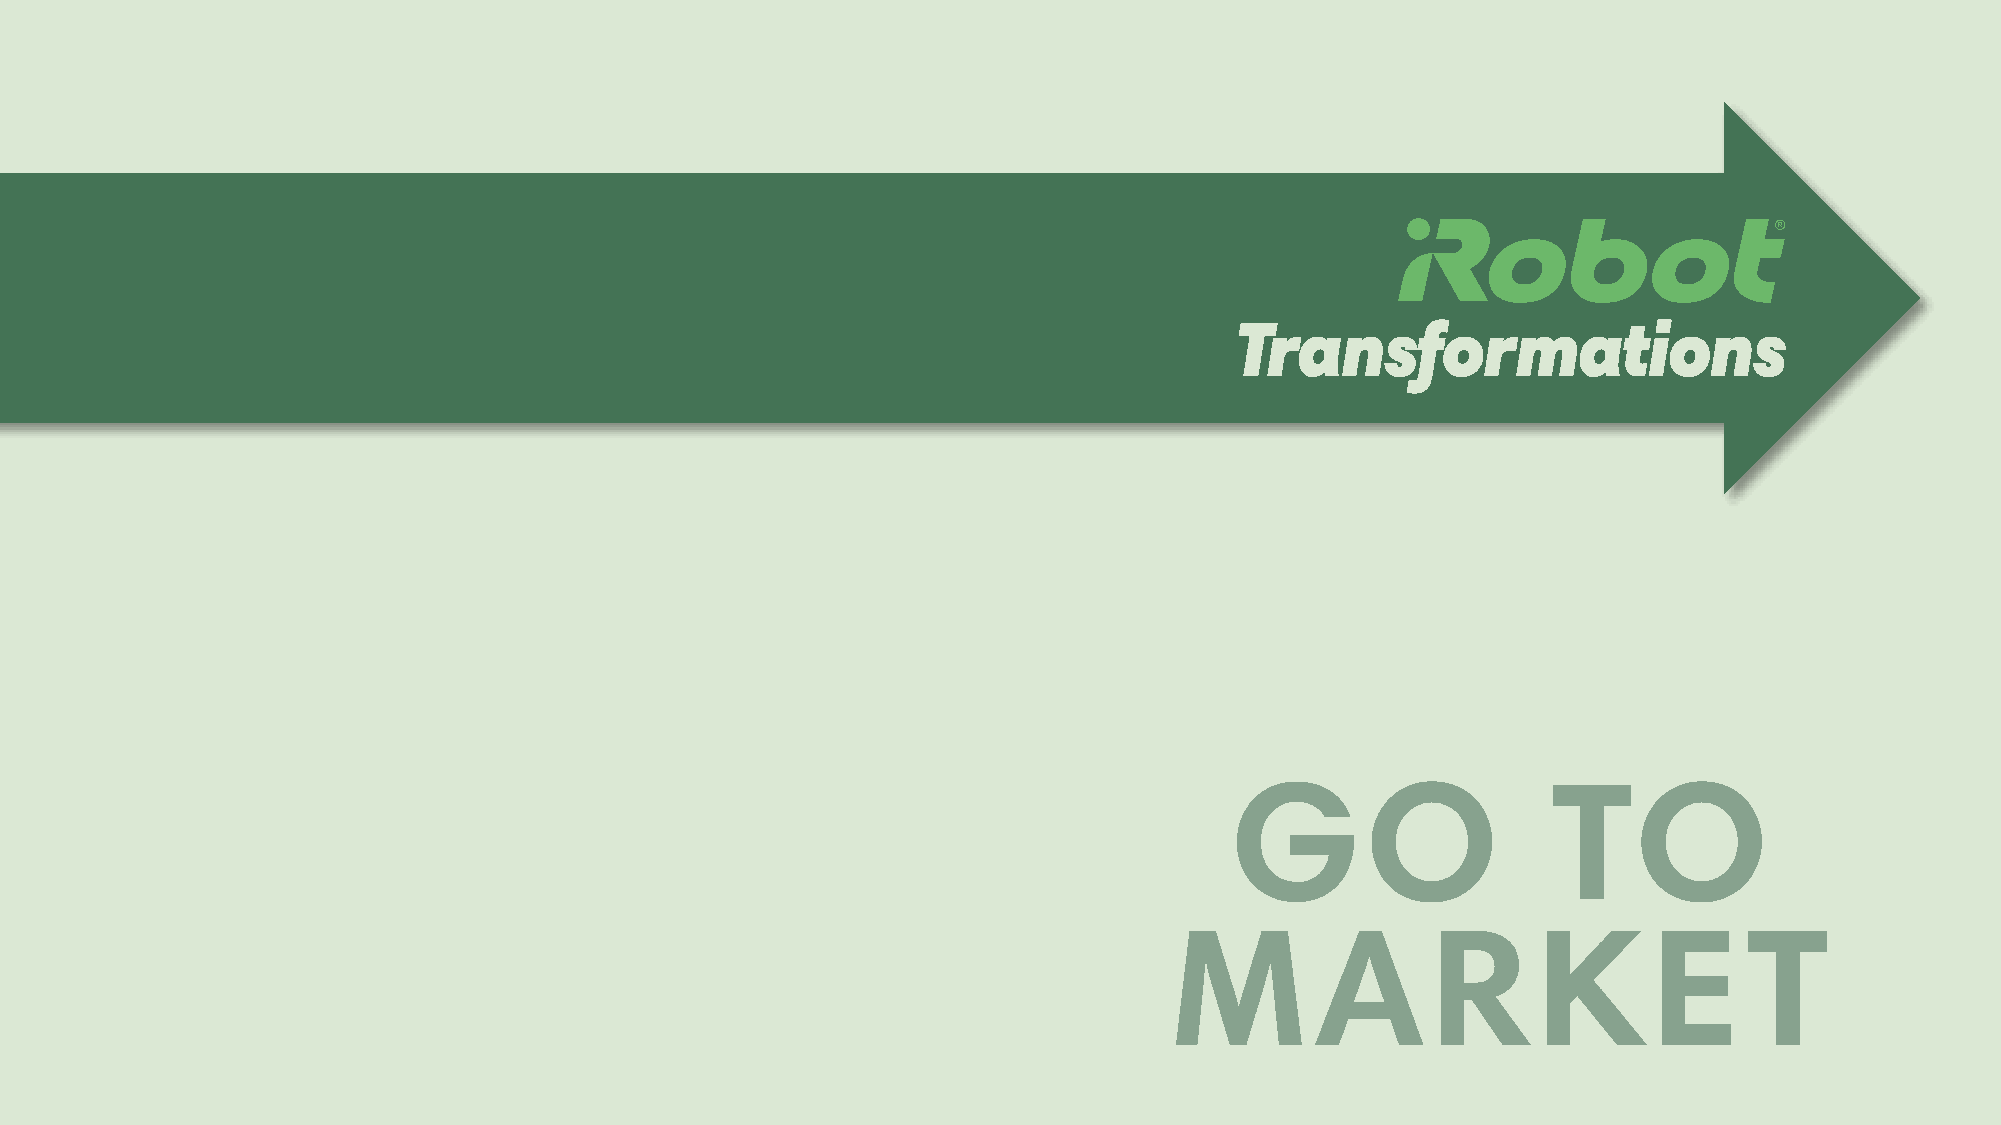
4.   Home
 Knowledge                                                           Transformations
 Continuous     secure
 Preferences,   photos,   and  correspondence      seamlessly    transfers
 learning  and  scalability
 to a new  phone,   it just works.
 34